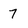
Character: 7